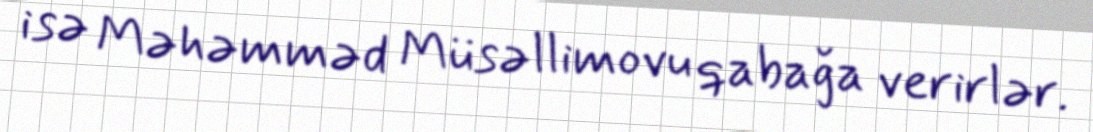
isə Məhəmməd Müsəllimovu qabağa verirlər.